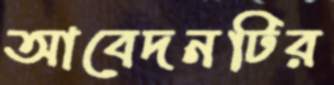
আবেদনটির